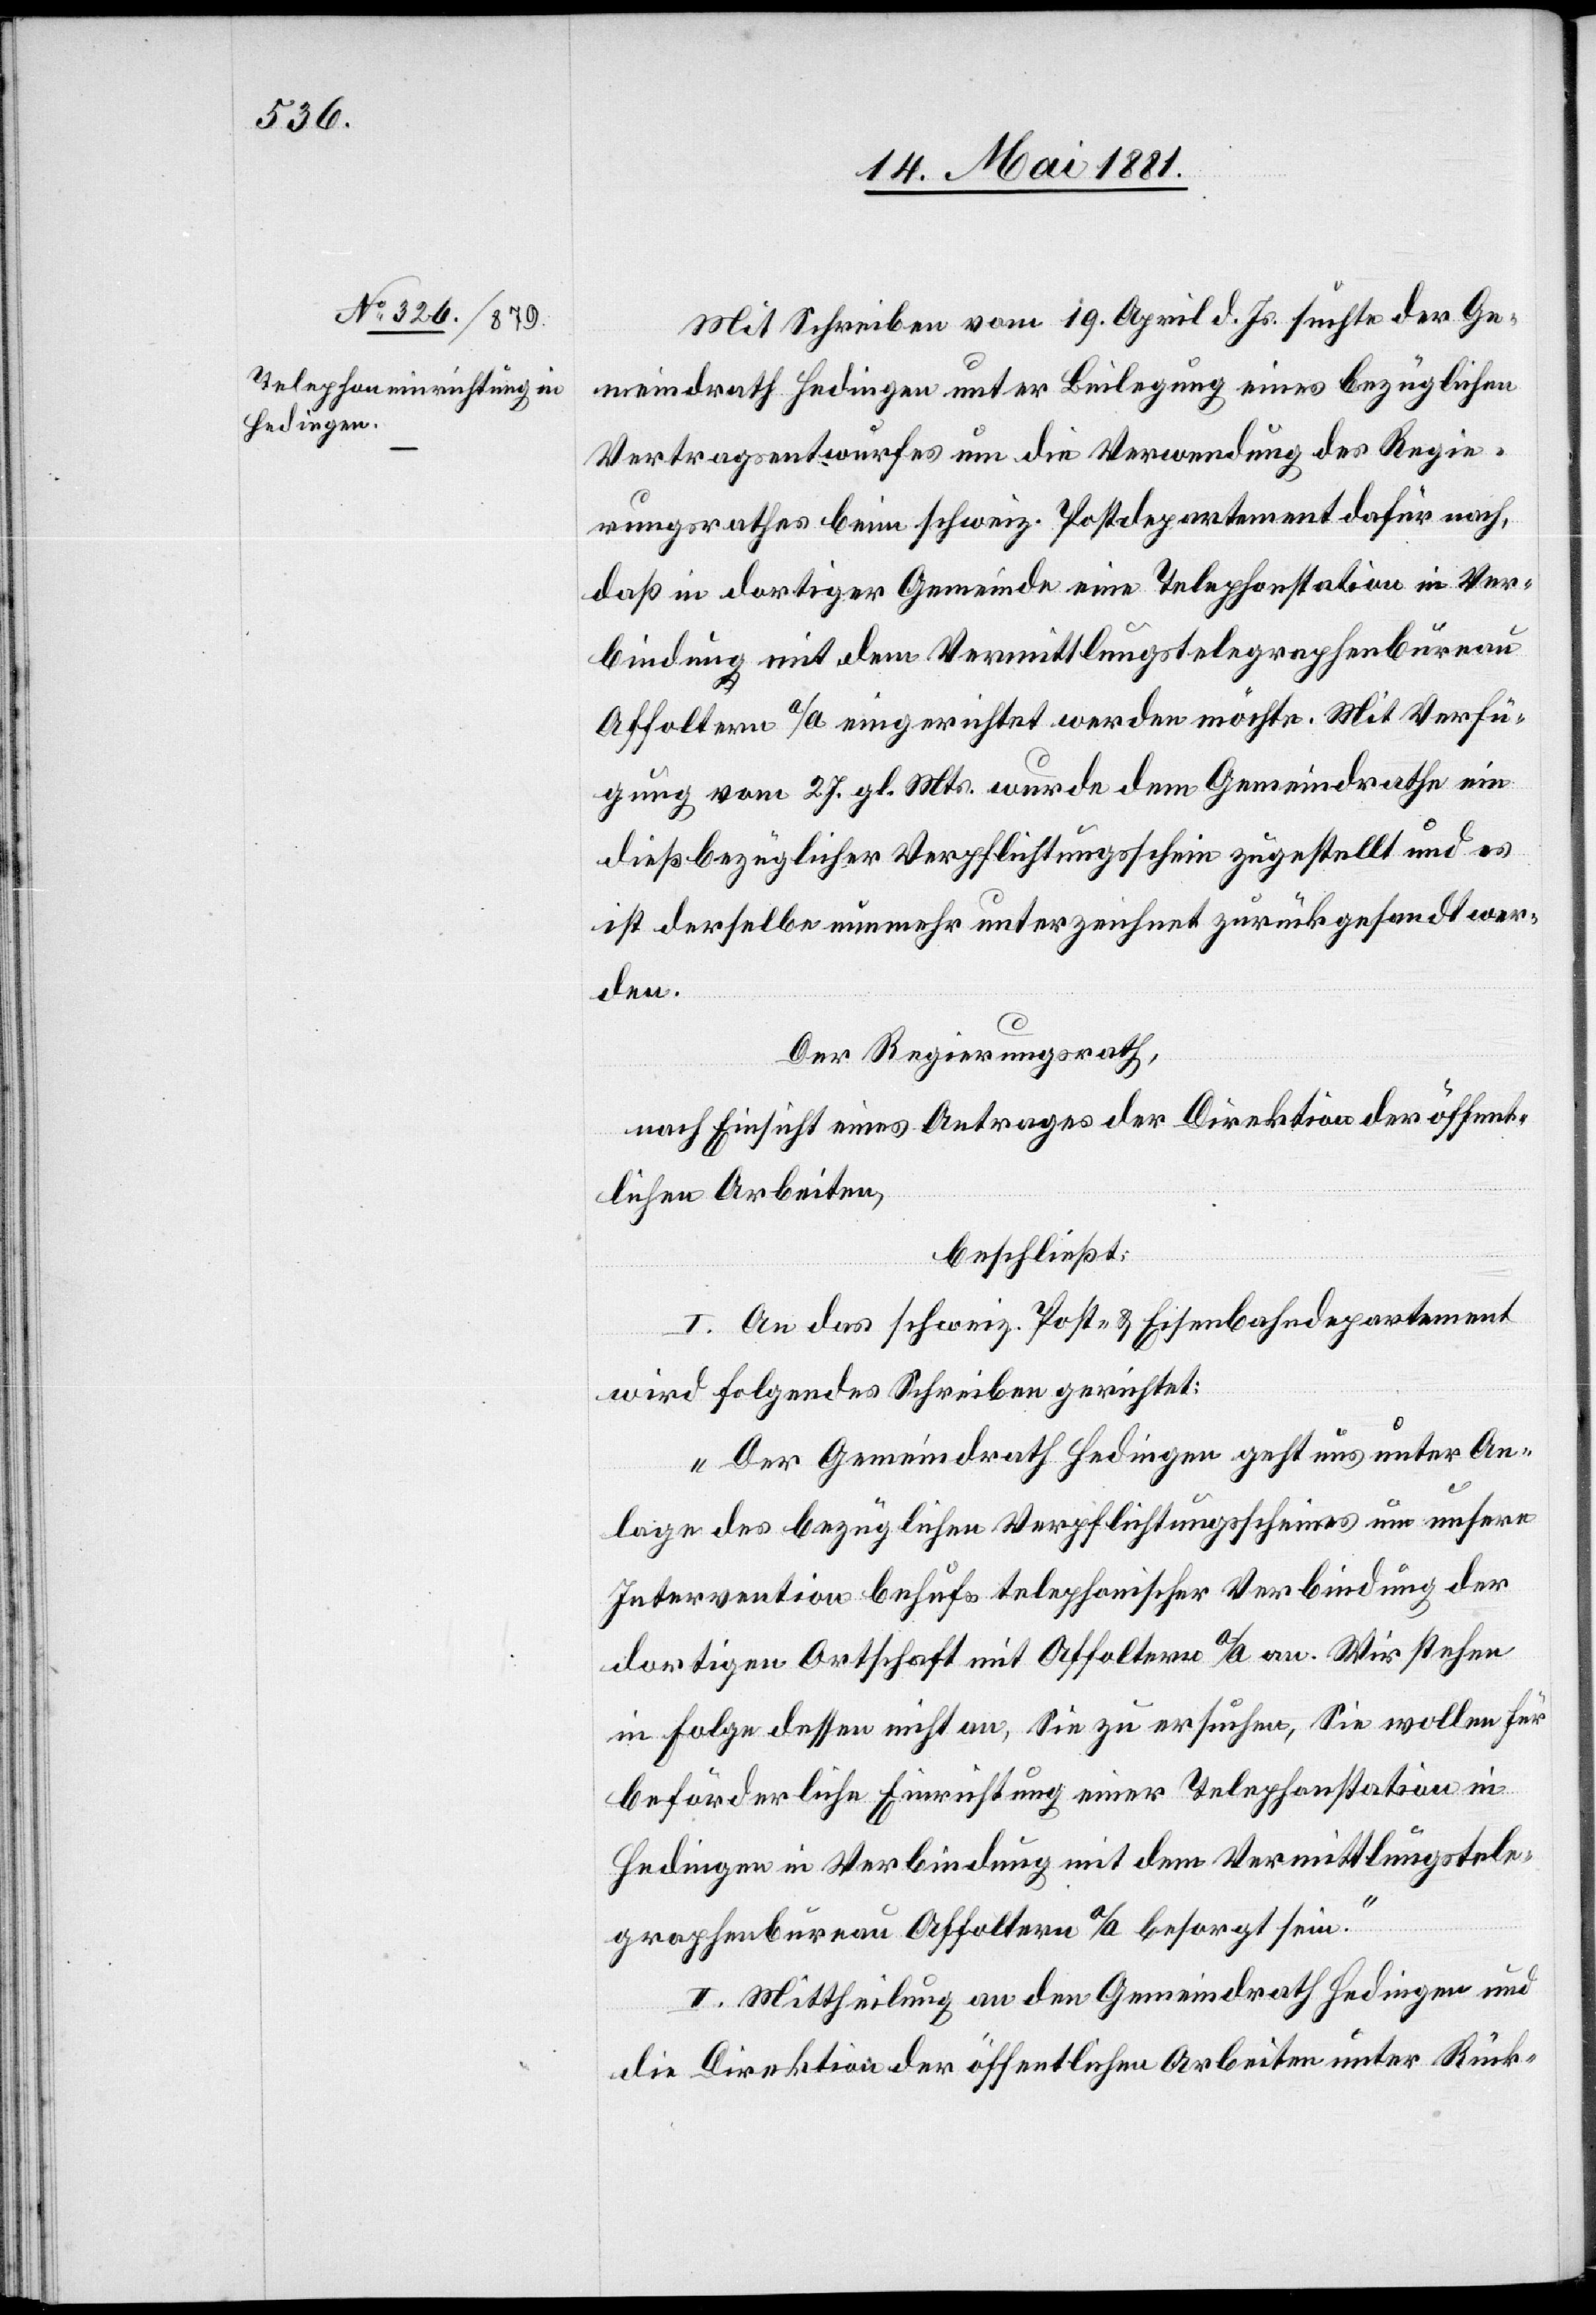
Mit Schreiben vom 19. April d. Js. suchte der Ge¬
meindrath Hedingen unter Beilegung eines bezüglichen
Vertragsentwurfes um die Verwendung des Regie¬
rungsrathes beim schweiz. Postdepartement dafür nach,
daß in dortiger Gemeinde eine Telephonstation in Ver¬
bindung mit dem Vermittlungstelegraphenbureau
Affoltern a/A. eingerichtet werden möchte. Mit Verfü¬
gung vom 27. gl. Mts. wurde dem Gemeindrath ein
dießbezüglicher Verpflichtungsschein zugestellt und es
ist derselbe nunmehr unterzeichnet zurückgesandt wor¬
den.
Der Regierungsrath,
nach Einsicht eines Antrages der Direktion der öffent¬
lichen Arbeiten,
beschließt:
I. An das schweiz. Post- & Eisenbahndepartement
wird folgendes Schreiben gerichtet:
„Der Gemeindrath Hedingen geht uns unter An¬
lage des bezüglichen Verpflichtungsscheines um unsere
Intervention behufs telephonischer Verbindung der
dortigen Ortschaft mit Affoltern a/A. an. Wir stehen
in Folge dessen nicht an, Sie zu ersuchen, Sie wollen für
beförderliche Einrichtung einer Telephonstation in
Hedingen in Verbindung mit dem Vermittlungstele¬
graphenbureau Affoltern a/A. besorgt sein.
II. Mittheilung an den Gemeindrath Hedingen und
die Direktion der öffentlichen Arbeiten unter Rück-